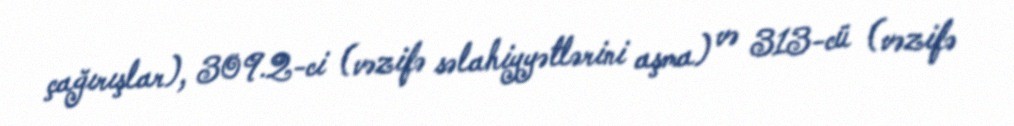
çağırışlar), 309.2-ci (vəzifə səlahiyyətlərini aşma) və 313-cü (vəzifə